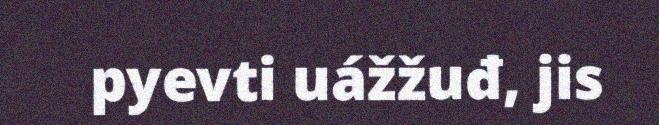
pyevti uážžuđ, jis